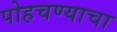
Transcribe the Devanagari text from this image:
पोहचण्याचा